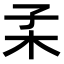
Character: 𣏍